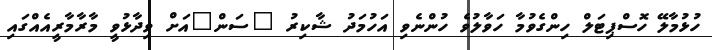
ހުޅުމާލޭ ހޮސްޕިޓަލް ހިންގެވުމާ ހަވާލުވެ ހުންނެވި އަހުމަދު ޝާކިރު "ސަން"އަށް ވިދާޅުވީ މާރާމާރީއެއްގައި